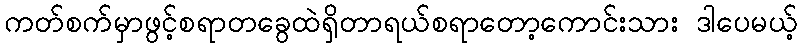
ကတ်စက်မှာဖွင့်စရာတခွေထဲရှိတာရယ်စရာတော့ကောင်းသား ဒါပေမယ့်